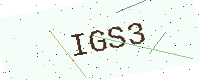
Text: IGS3